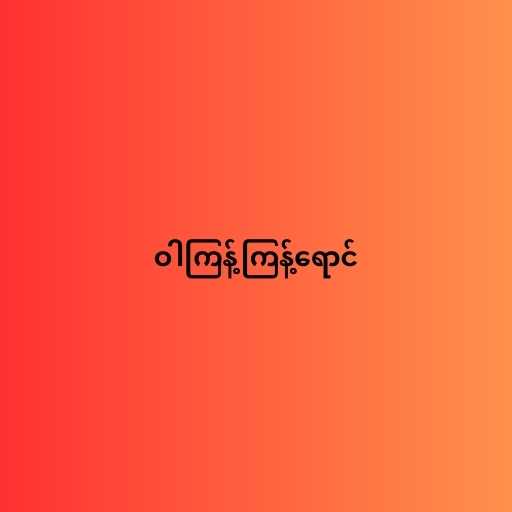
ဝါကြန့်ကြန့်ရောင်